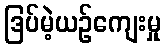
ဒြပ်မဲ့ယဉ်ကျေးမှု